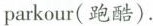
parkour(跑酷).